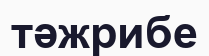
тәжрибе